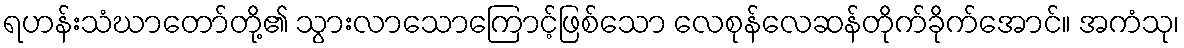
ရဟန်းသံဃာတော်တို့၏ သွားလာသောကြောင့်ဖြစ်သော လေစုန်လေဆန်တိုက်ခိုက်အောင်။ အကံသု၊